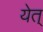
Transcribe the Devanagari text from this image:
येत्